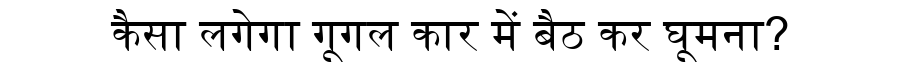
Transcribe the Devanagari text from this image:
कैसा लगेगा गूगल कार में बैठ कर घूमना?